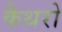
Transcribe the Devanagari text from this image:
कैथरो